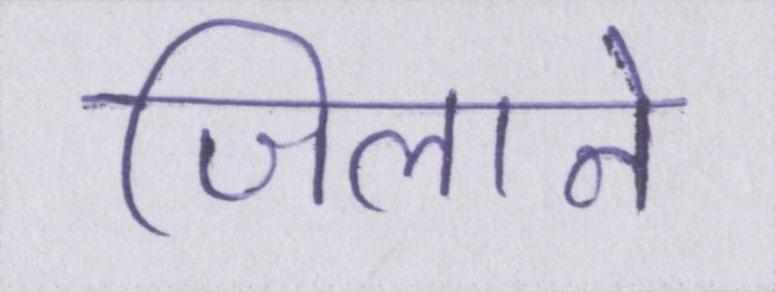
जिलाने